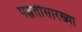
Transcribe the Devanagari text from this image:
पद्धतीसारख्या